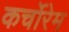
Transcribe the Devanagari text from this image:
कर्चोरेम